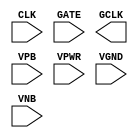
module sky130_fd_sc_hd__dlclkp (
    //# {{clocks|Clocking}}
    input  CLK ,
    input  GATE,
    output GCLK,

    //# {{power|Power}}
    input  VPB ,
    input  VPWR,
    input  VGND,
    input  VNB
);
endmodule